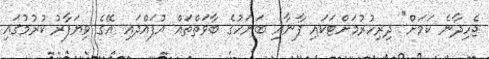
ޖެހިދާނެ ކަމަށް" ދިރިހުރުމަށްޓަކައި ޕާނާއި ބަނަހުގެ ބާވަތްތައް އުފައްދައި އޭގެ ވިޔަފާރު ކުރުމުގައި